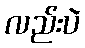
လည်းပဲ